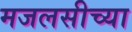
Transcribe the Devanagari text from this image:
मजलसीच्या